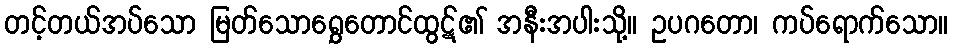
တင့်တယ်အပ်သော မြတ်သောရွှေတောင်ထွဋ်၏ အနီးအပါးသို့။ ဥပဂတော၊ ကပ်ရောက်သော။